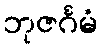
ဘုဇင်္ဂမံ